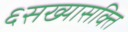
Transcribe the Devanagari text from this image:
६सख्यासक्ति